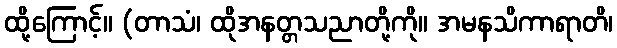
ထို့ကြောင့်။ (တာသံ၊ ထိုအနတ္တသညာတို့ကို။ အမနသိကာရာတိ၊